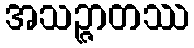
အသဉ္ဇာတဿ